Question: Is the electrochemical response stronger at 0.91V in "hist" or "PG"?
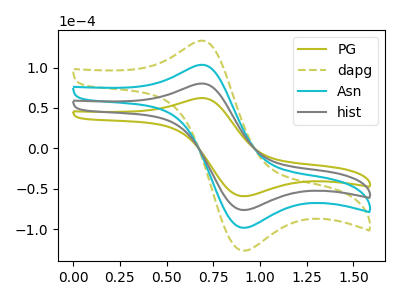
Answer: <think>The olive curve "PG" has an anodic peak at (0.65V, 62.05uA) and a cathodic peak at (0.90V, -59.15uA). The olive dashed curve "dapg" has an anodic peak at (0.65V, 239.90uA) and a cathodic peak at (0.90V, -228.60uA). The cyan curve "Asn" has an anodic peak at (0.65V, 159.95uA) and a cathodic peak at (0.90V, -152.40uA). The gray curve "hist" has an anodic peak at (0.65V, 79.95uA) and a cathodic peak at (0.90V, -76.20uA).</think>
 <answer>The peak at 0.91V is higher in "hist" than in "PG".</answer>
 <eval>higher</eval>